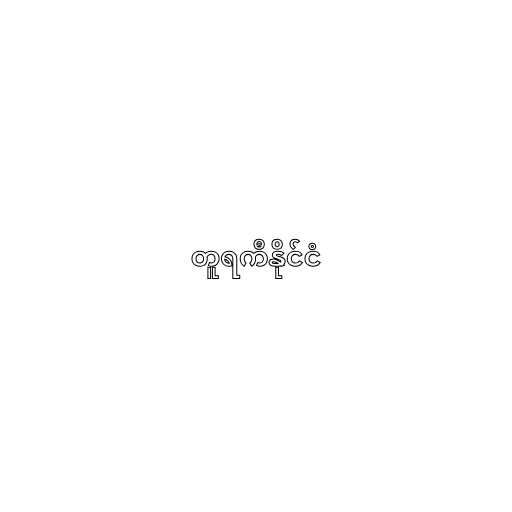
တူရကီနိုင်ငံ